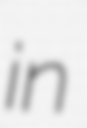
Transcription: in